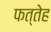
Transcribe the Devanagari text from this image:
फत्तेह